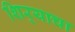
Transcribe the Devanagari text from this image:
शिर्‍याचा